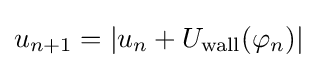
u_{n+1}=|u_{n}+U_{\mathrm {wall} }(\varphi _{n})|